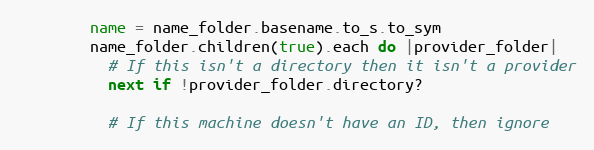
Language: Ruby
        name = name_folder.basename.to_s.to_sym
        name_folder.children(true).each do |provider_folder|
          # If this isn't a directory then it isn't a provider
          next if !provider_folder.directory?

          # If this machine doesn't have an ID, then ignore